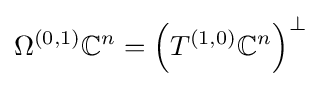
\Omega ^{(0,1)}\mathbb {C} ^{n}=\left(T^{(1,0)}\mathbb {C} ^{n}\right)^{\bot }